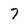
Character: 7